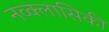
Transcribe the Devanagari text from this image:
नव्क्लासिकी